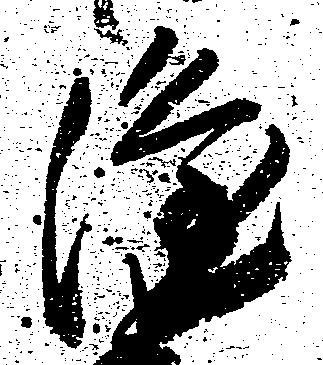
隆